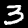
Digit: 3